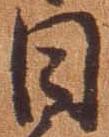
日